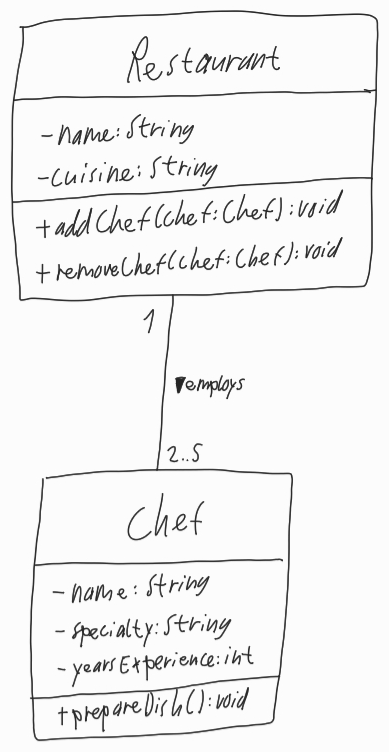
Diagram type: class_diagram
```plantuml
@startuml

class Restaurant {
  - name: String
  - cuisine: String
  + addChef(chef: Chef): void
  + removeChef(chef: Chef): void
}

class Chef {
  - name: String
  - specialty: String
  - yearsExperience: int
  + prepareDish(): void
}

Restaurant "1" -- "2..5" Chef : employs >

@enduml
```